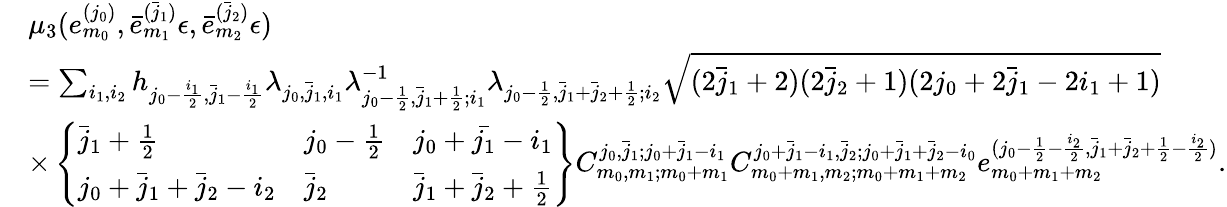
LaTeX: \begin{array}{rl}&{\mu_{3}(e_{m_{0}}^{(j_{0})},\bar{e}_{m_{1}}^{(\bar{j}_{1})}\epsilon,\bar{e}_{m_{2}}^{(\bar{j}_{2})}\epsilon)}\\ &{=\sum_{i_{1},i_{2}}h_{j_{0}-\frac{i_{1}}{2},\bar{j}_{1}-\frac{i_{1}}{2}}\lambda_{j_{0},\bar{j}_{1},i_{1}}\lambda_{j_{0}-\frac{1}{2},\bar{j}_{1}+\frac{1}{2};i_{1}}^{-1}\lambda_{j_{0}-\frac{1}{2},\bar{j}_{1}+\bar{j}_{2}+\frac{1}{2};i_{2}}\sqrt{(2\bar{j}_{1}+2)(2\bar{j}_{2}+1)(2j_{0}+2\bar{j}_{1}-2i_{1}+1)}}\\ &{\times\left\{ \begin{array}{lll}{\bar{j}_{1}+\frac{1}{2}}&{j_{0}-\frac{1}{2}}&{j_{0}+\bar{j_{1}}-i_{1}}\\ {j_{0}+\bar{j}_{1}+\bar{j}_{2}-i_{2}}&{\bar{j}_{2}}&{\bar{j}_{1}+\bar{j}_{2}+\frac{1}{2}}\end{array}\right\} C_{m_{0},m_{1};m_{0}+m_{1}}^{j_{0},\bar{j}_{1};j_{0}+\bar{j}_{1}-i_{1}}C_{m_{0}+m_{1},m_{2};m_{0}+m_{1}+m_{2}}^{j_{0}+\bar{j}_{1}-i_{1},\bar{j}_{2};j_{0}+\bar{j}_{1}+\bar{j}_{2}-i_{0}}e_{m_{0}+m_{1}+m_{2}}^{(j_{0}-\frac{1}{2}-\frac{i_{2}}{2},\bar{j}_{1}+\bar{j}_{2}+\frac{1}{2}-\frac{i_{2}}{2})}.}\end{array}